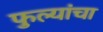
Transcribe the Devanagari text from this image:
फुल्यांचा